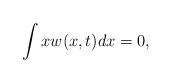
LaTeX: \begin{align*}\int x w(x,t)dx=0,\end{align*}